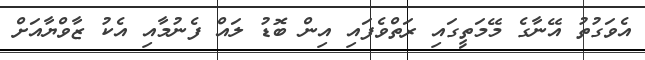
އެވަގުތު އޭނާގެ މޭމަތީގައި ރަތްވެފައި އިން ބޮޑު ލައް ފެނުމާއި އެކު ޒާވްޔާއަށް